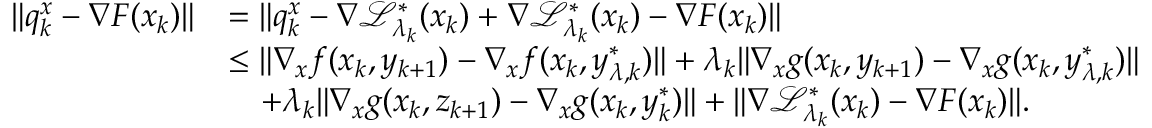
\begin{array} { r l } { \| q _ { k } ^ { x } - \nabla F ( x _ { k } ) \| } & { = \| q _ { k } ^ { x } - \nabla \mathcal { L } _ { \lambda _ { k } } ^ { * } ( x _ { k } ) + \nabla \mathcal { L } _ { \lambda _ { k } } ^ { * } ( x _ { k } ) - \nabla F ( x _ { k } ) \| } \\ & { \le \| \nabla _ { x } f ( x _ { k } , y _ { k + 1 } ) - \nabla _ { x } f ( x _ { k } , y _ { \lambda , k } ^ { * } ) \| + \lambda _ { k } \| \nabla _ { x } g ( x _ { k } , y _ { k + 1 } ) - \nabla _ { x } g ( x _ { k } , y _ { \lambda , k } ^ { * } ) \| } \\ & { \quad + \lambda _ { k } \| \nabla _ { x } g ( x _ { k } , z _ { k + 1 } ) - \nabla _ { x } g ( x _ { k } , y _ { k } ^ { * } ) \| + \| \nabla \mathcal { L } _ { \lambda _ { k } } ^ { * } ( x _ { k } ) - \nabla F ( x _ { k } ) \| . } \end{array}